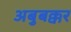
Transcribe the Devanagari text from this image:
अबुबक्कर